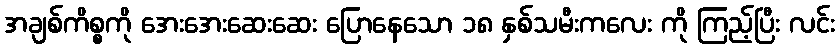
အချစ်ကိစ္စကို အေးအေးဆေးဆေး ပြောနေသော ၁၈ နှစ်သမီးကလေး ကို ကြည့်ပြီး လင်း